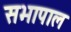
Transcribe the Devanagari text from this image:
सभापाल